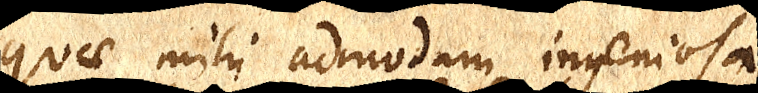
quae mihi admodum ingeniosa